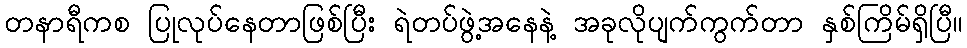
တနာရီကစ ပြုလုပ်နေတာဖြစ်ပြီး ရဲတပ်ဖွဲ့အနေနဲ့ အခုလိုပျက်ကွက်တာ နှစ်ကြိမ်ရှိပြီ။